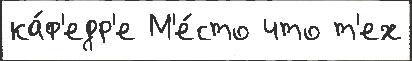
ка́ф'едр'е М'е́сто что т'ех